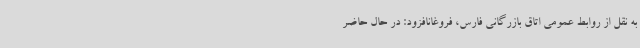
به نقل از روابط عمومی اتاق بازرگانی فارس، فروغانافزود: در حال حاضر